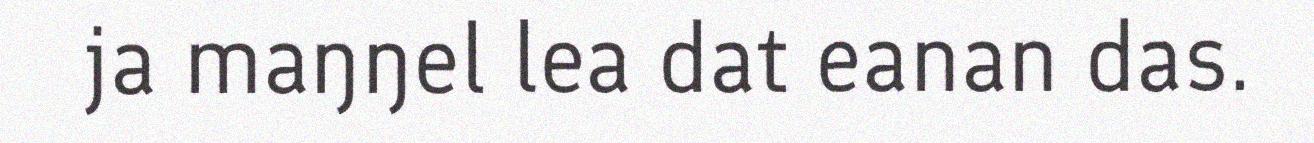
ja maŋŋel lea dat eanan das.